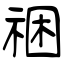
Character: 祵